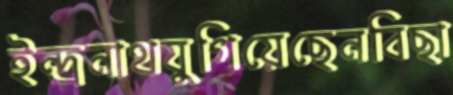
ইন্দ্রনাথযুগিয়েছেনবিছা